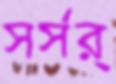
সর্‌সর্‌